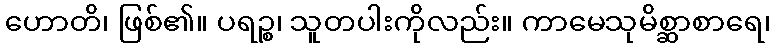
ဟောတိ၊ ဖြစ်၏။ ပရဉ္စ၊ သူတပါးကိုလည်း။ ကာမေသုမိစ္ဆာစာရေ၊